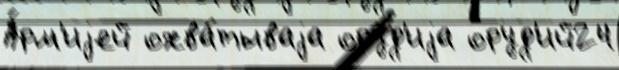
А́рм'иjей охва́тываjа ору́д'иjа оруд'ий24